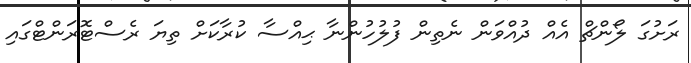
ރަށުގަ ލޯންޗް އެއް ދުއްވަން ނެތިން ފުލުހުންނާ ޙިއްސާ ކުރާކަށް ތިޔަ ރެސްޓޮރަންޓްގައި